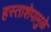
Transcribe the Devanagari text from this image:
हस्ताशेपामुळे